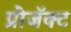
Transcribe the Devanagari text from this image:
प्रोजॅक्ट